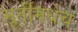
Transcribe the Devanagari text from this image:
मूर्तीमधेच